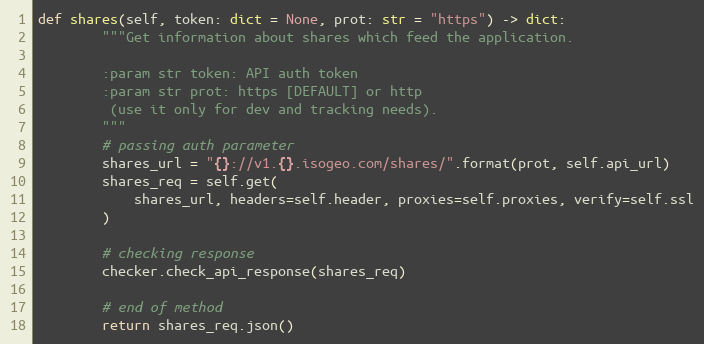
Language: Python
def shares(self, token: dict = None, prot: str = "https") -> dict:
        """Get information about shares which feed the application.

        :param str token: API auth token
        :param str prot: https [DEFAULT] or http
         (use it only for dev and tracking needs).
        """
        # passing auth parameter
        shares_url = "{}://v1.{}.isogeo.com/shares/".format(prot, self.api_url)
        shares_req = self.get(
            shares_url, headers=self.header, proxies=self.proxies, verify=self.ssl
        )

        # checking response
        checker.check_api_response(shares_req)

        # end of method
        return shares_req.json()